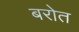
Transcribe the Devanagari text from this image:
बरोत